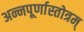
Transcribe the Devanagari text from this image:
अन्नपूर्णास्तोत्रम्